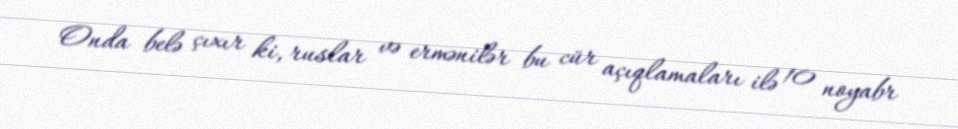
Onda belə çıxır ki, ruslar və ermənilər bu cür açıqlamaları ilə 10 noyabr